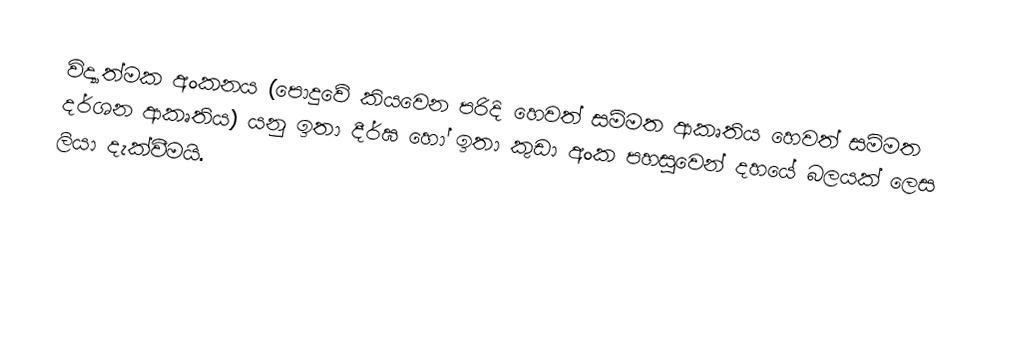
විද්‍යාත්මක අංකනය (පොදුවේ කියවෙන පරිදි හෙවත් සම්මත ආකෘතිය හෙවත් සම්මත දර්ශන ආකෘතිය) යනු ඉතා දීර්ඝ හෝ ඉතා කුඩා අංක පහසුවෙන් දහයේ බලයක් ලෙස ලියා දැක්වීමයි.